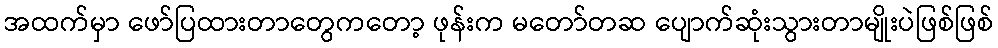
အထက်မှာ ဖော်ပြထားတာတွေကတော့ ဖုန်းက မတော်တဆ ပျောက်ဆုံးသွားတာမျိုးပဲဖြစ်ဖြစ်